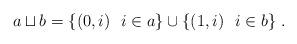
LaTeX: \begin{align*}a\sqcup b = \{(0,i)\ \ i\in a\} \cup \{(1,i)\ \ i\in b\}\;.\end{align*}